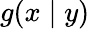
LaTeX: g(x\mid y)